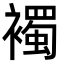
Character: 襡